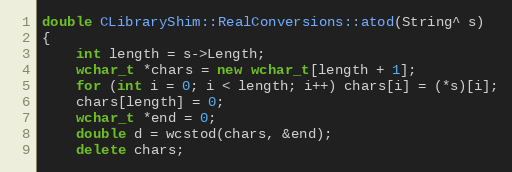
Language: C++
double CLibraryShim::RealConversions::atod(String^ s)
{
    int length = s->Length;
    wchar_t *chars = new wchar_t[length + 1];
    for (int i = 0; i < length; i++) chars[i] = (*s)[i];
    chars[length] = 0;
    wchar_t *end = 0;
    double d = wcstod(chars, &end);
    delete chars;